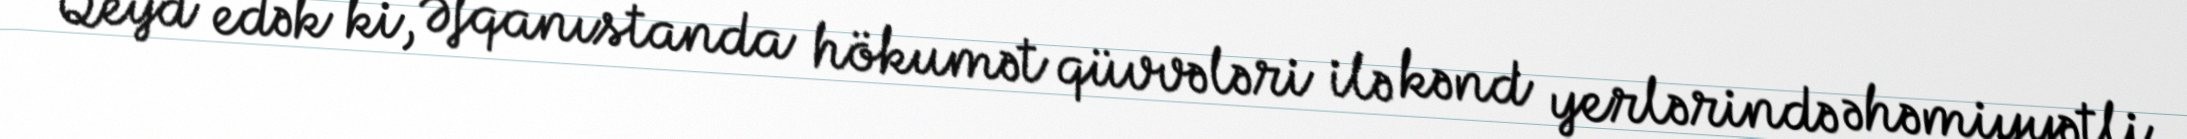
Qeyd edək ki, Əfqanıstanda hökumət qüvvələri ilə kənd yerlərində əhəmiyyətli